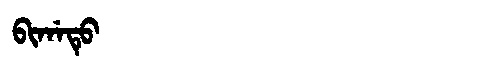
Manchu: ᠪᡳᡤᠠᡨᡠ
Romanization: BIGATU